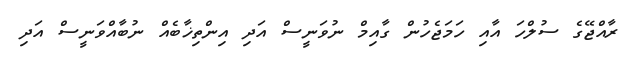
ރާއްޖޭގެ ސުލްހަ އާއި ހަމަޖެހުން ގާއިމް ނުވަނީސް އަދި އިންތިޚާބެއް ނުބާއްވަނީސް އަދި